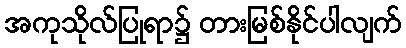
အကုသိုလ်ပြုရာ၌ တားမြစ်နိုင်ပါလျက်